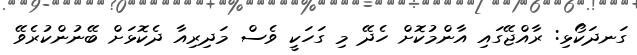
ގަނދަކޯޅި: ރާއްޖޭގައި އާންމުކޮށް ހެދޭ މި ގަހަކީ ވެސް މަދިރިއާ ދެކޮޅަށް ބޭނުންކުރެވޭ